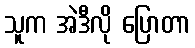
သူက အဲဒီလို ပြောတာ